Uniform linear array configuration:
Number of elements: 4
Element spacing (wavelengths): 0.25
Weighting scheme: hann
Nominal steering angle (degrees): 30
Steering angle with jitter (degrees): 28.275
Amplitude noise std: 0.05
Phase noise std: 0.05

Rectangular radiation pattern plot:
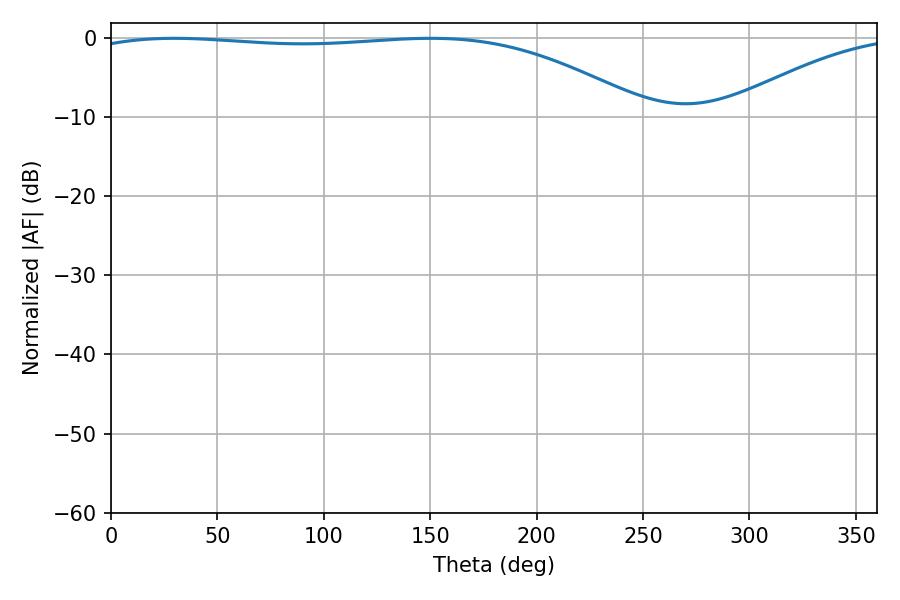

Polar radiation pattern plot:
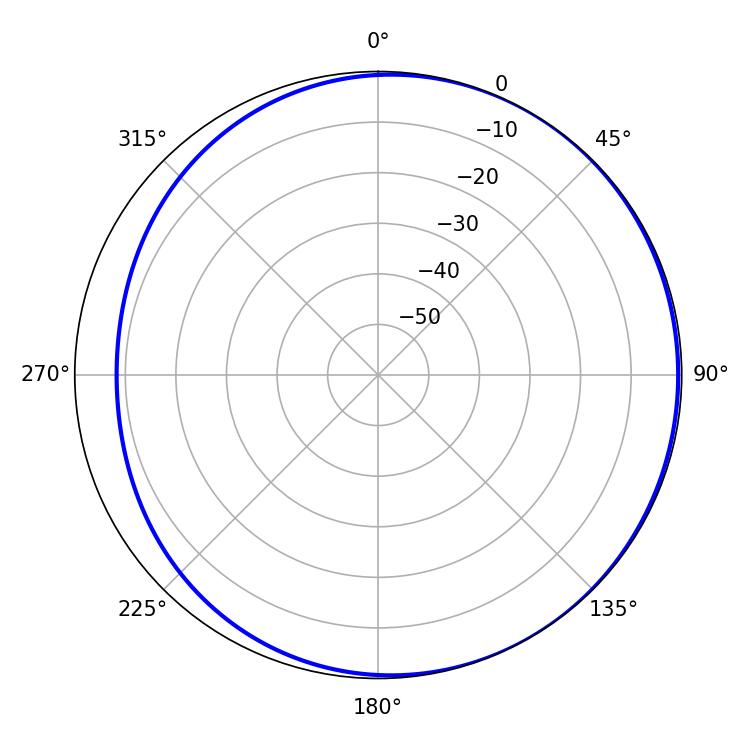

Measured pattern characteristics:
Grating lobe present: FALSE
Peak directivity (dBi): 2.035
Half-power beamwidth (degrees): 210.24
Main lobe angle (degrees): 29.7